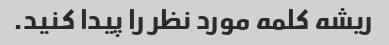
ریشه کلمه مورد نظر را پیدا کنید.